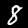
Label: 8